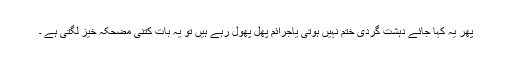
پھر یہ کہا جائے دہشت گردی ختم نہیں ہوتی یاجرائم پھل پھول رہے ہیں تو یہ بات کتنی مضحکہ خیز لگتی ہے ۔